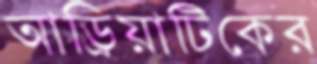
আড্রিয়াটিকের